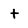
Character: t